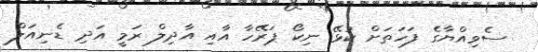
ސެވިއްޔާގެ ފަހަތަށް ކުޅޭ ނިކޯ ޕަރޭހާ އާއި އާދިލް ރަމީ އަދި ޑެނިއަލް